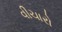
વીચારો